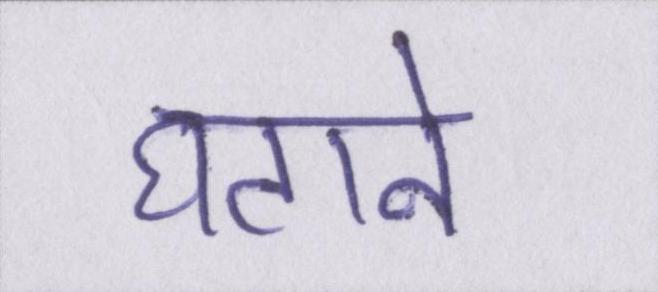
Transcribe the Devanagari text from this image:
घटाने